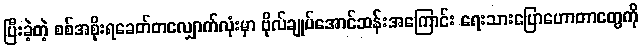
ပြီးခဲ့တဲ့ စစ်အစိုးရခေတ်တလျှောက်လုံးမှာ ဗိုလ်ချုပ်အောင်ဆန်းအကြောင်း ရေးသားပြောဟောတာတွေကို